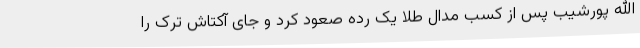
الله پورشیب پس از کسب مدال طلا یک رده صعود کرد و جای آکتاش ترک را